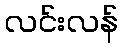
လင်းလန်